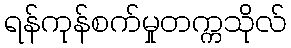
ရန်ကုန်စက်မှုတက္ကသိုလ်